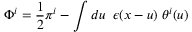
\Phi ^ { i } = \frac { 1 } { 2 } \pi ^ { i } - \int d u \; \; \epsilon ( x - u ) \; \theta ^ { i } ( u )